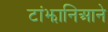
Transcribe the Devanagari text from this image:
टांझानिआने